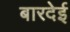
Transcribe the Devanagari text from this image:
बारदेई